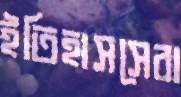
ইতিহাসসেরা